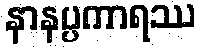
နာနပ္ပကာရဿ